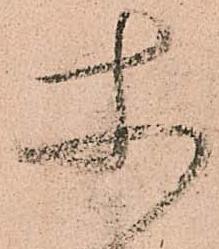
使